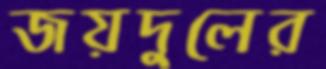
জয়দুলের